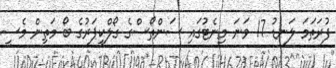
ފުރަތަމަ ލަނޑު 17 ވަނަ މިނެޓުގައި ސަންތޯސްގެ ގޯލްކީޕަރުގެ ބޯ މަތިން މެސީ